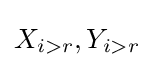
X_{i>r},Y_{i>r}